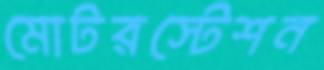
মোটরস্টেশন